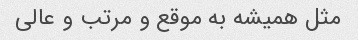
مثل همیشه به موقع و مرتب و عالی